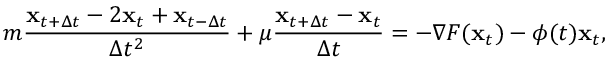
m \frac { { \bf x } _ { t + \Delta t } - 2 { \bf x } _ { t } + { \bf x } _ { t - \Delta t } } { \Delta t ^ { 2 } } + \mu \frac { { \bf x } _ { t + \Delta t } - { \bf x } _ { t } } { \Delta t } = - \nabla F ( { \bf x } _ { t } ) - \phi ( t ) { \bf x } _ { t } ,